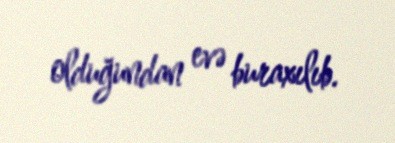
olduğundan evə buraxılıb.